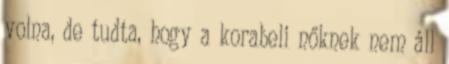
volna, de tudta, hogy a korabeli nőknek nem áll